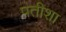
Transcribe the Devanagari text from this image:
पतीशा